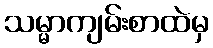
သမ္မာကျမ်းစာထဲမှ